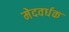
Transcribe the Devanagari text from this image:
मेदवर्धक